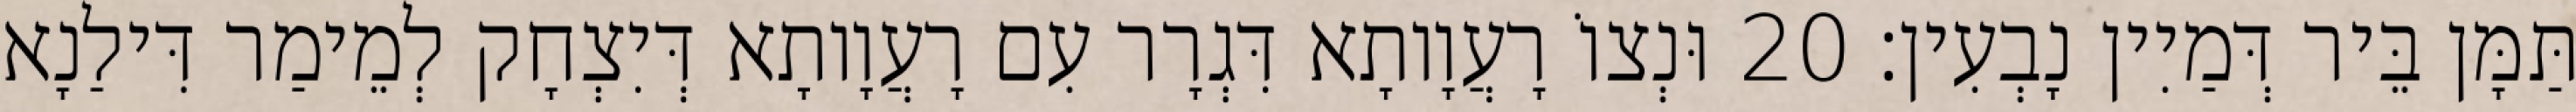
תַּמָּן בֵּיר דְּמַיִין נָבְעִין׃ 20 וּנְצוֹ רָעֲוָותָא דִּגְרָר עִם רָעֲוָותָא דְּיִצְחָק לְמֵימַר דִּילַנָא